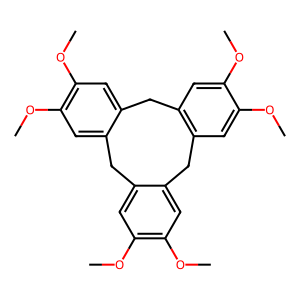
SMILES: COc1cc2c(cc1OC)Cc1cc(OC)c(OC)cc1Cc1cc(OC)c(OC)cc1C2
Inhibits HIV replication: No